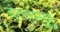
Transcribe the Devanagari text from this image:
वंत्सासुर